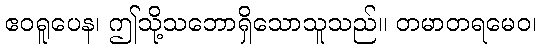
ဧဝရူပေန၊ ဤသို့သဘောရှိသောသူသည်။ တမာတရမေဝ၊